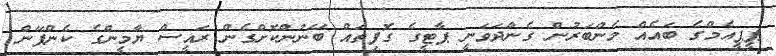
ޕީޕީއެމްގެ ބައެއް މެންބަރުން ގެންދަވަނީ ޕާޓީގެ ގޮފިތައް ބޭނުންކޮށްގެން ރައީސް ޔާމީންގެ ކެންޕޭން